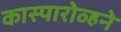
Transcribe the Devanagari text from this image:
कास्पारोव्हने